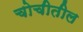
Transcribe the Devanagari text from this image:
चोचीतील